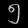
Digit: ၅